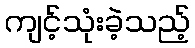
ကျင့်သုံးခဲ့သည့်